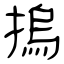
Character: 摀